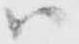
ハ